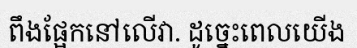
ពឹងផ្អែកនៅលើវា. ដូច្នេះពេលយើង